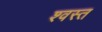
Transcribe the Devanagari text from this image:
श्वस्त